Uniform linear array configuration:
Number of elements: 64
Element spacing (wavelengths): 0.75
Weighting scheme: cosine
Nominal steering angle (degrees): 0
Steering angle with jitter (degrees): -1.848
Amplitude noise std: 0.05
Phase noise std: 0.05

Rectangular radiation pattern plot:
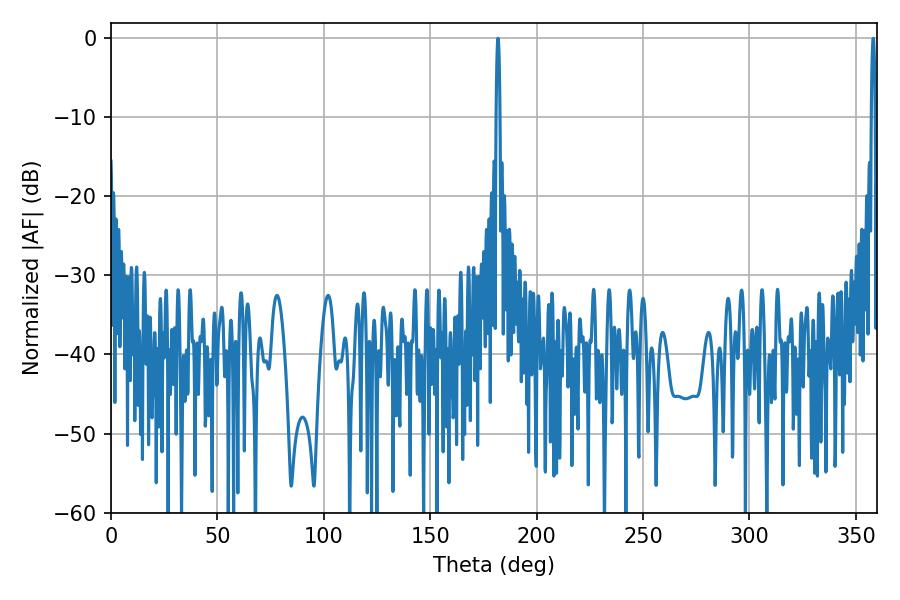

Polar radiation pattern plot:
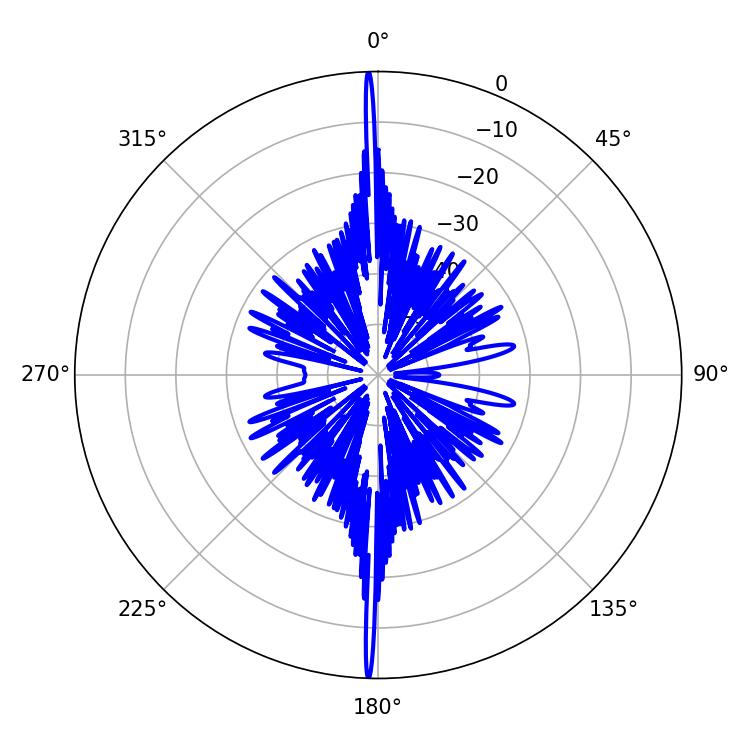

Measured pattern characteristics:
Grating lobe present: TRUE
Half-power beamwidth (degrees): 0.9
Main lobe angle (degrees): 181.8